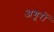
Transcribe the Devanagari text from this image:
अगूरों